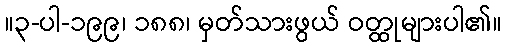
။၃-ပါ-၁၉၉၊ ၁၈၈၊ မှတ်သားဖွယ် ဝတ္ထုများပါ၏။